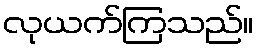
လုယက်ကြသည်။